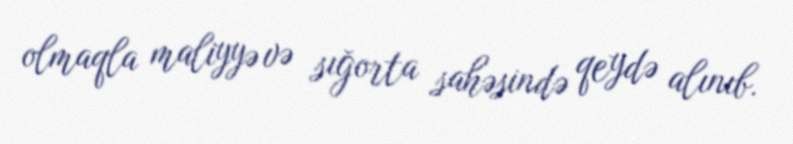
olmaqla maliyyə və sığorta sahəsində qeydə alınıb.